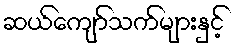
ဆယ်ကျော်သက်များနှင့်